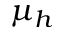
\mu _ { h }